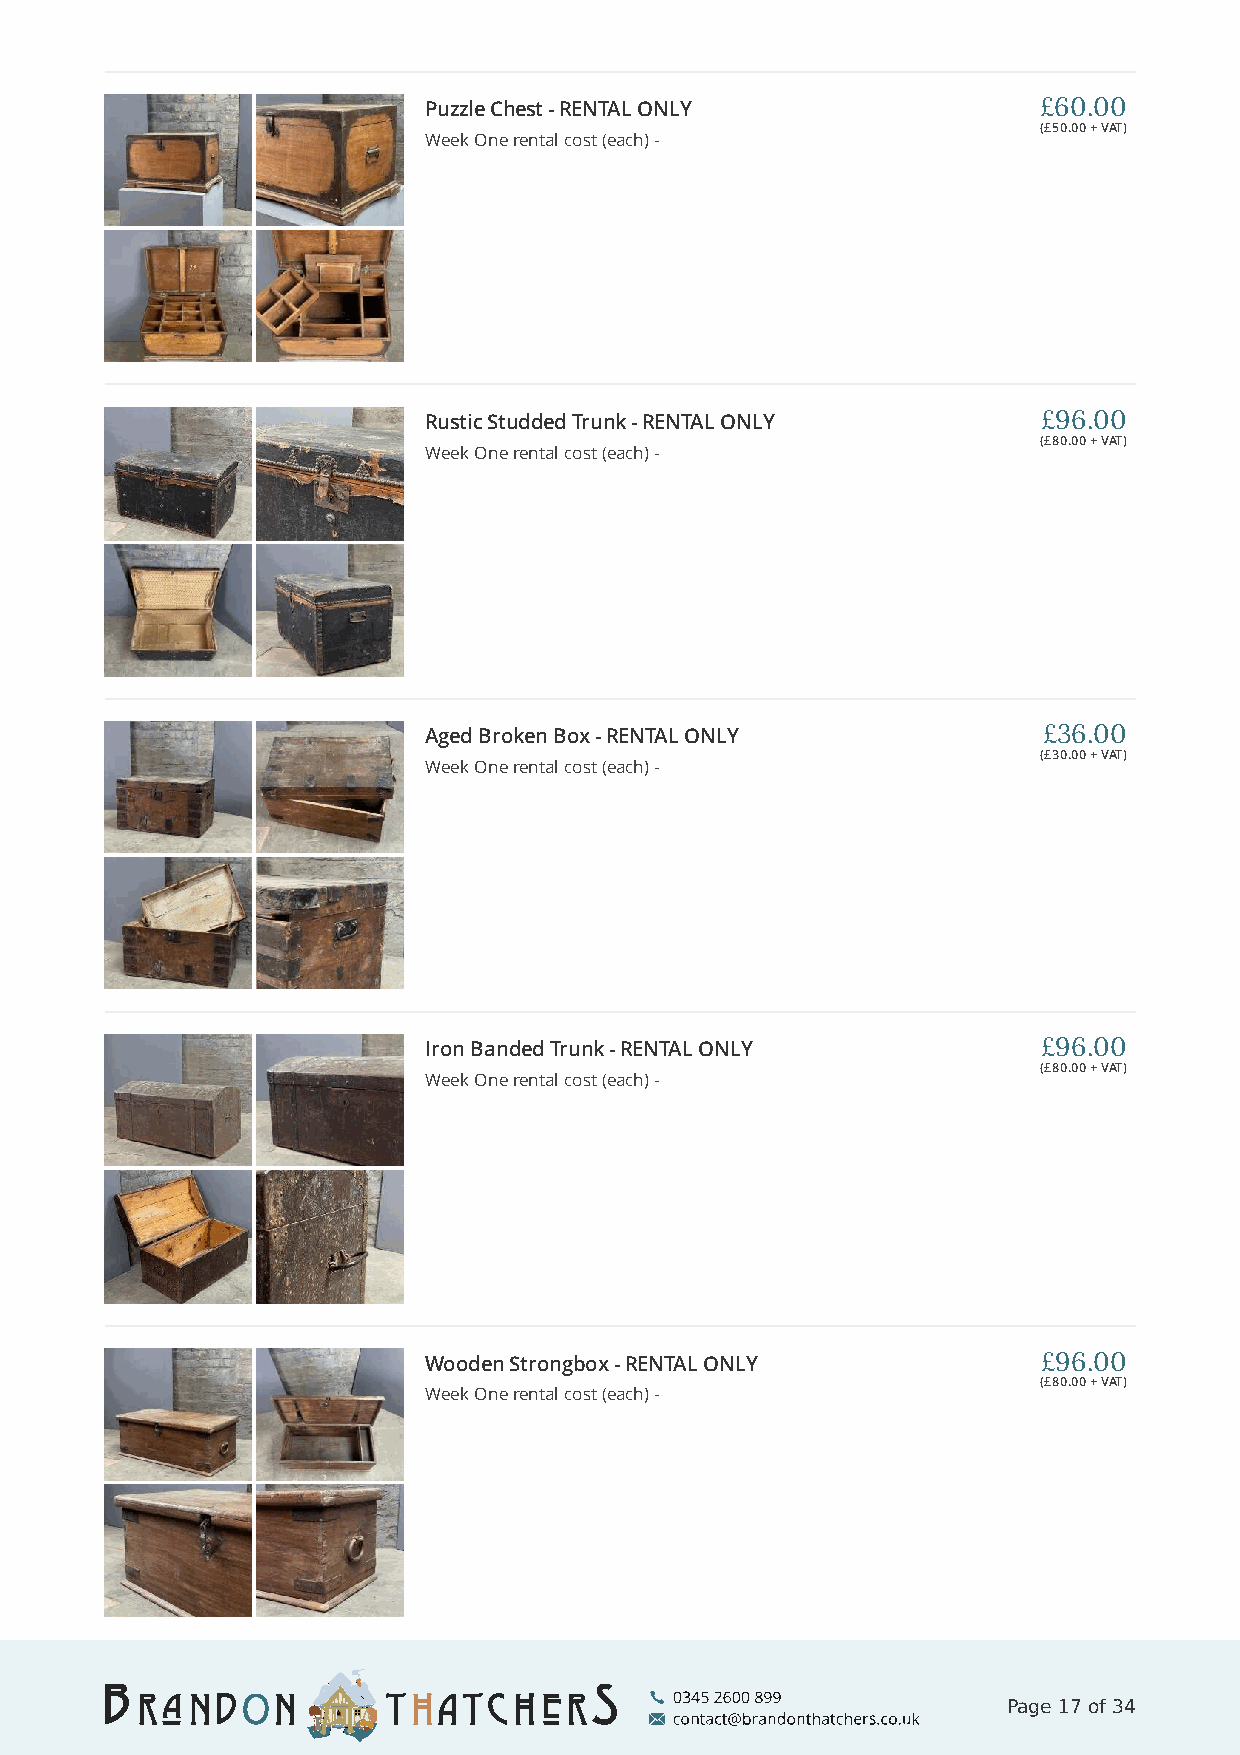
Puzzle Chest - RENTAL ONLY               £60.00
 (£50.00 + VAT)
 Week One rental cost (each) -
 Rustic Studded Trunk - RENTAL ONLY       £96.00
 (£80.00 + VAT)
 Week One rental cost (each) -
 Aged Broken Box - RENTAL ONLY            £36.00
 (£30.00 + VAT)
 Week One rental cost (each) -
 Iron Banded Trunk - RENTAL ONLY          £96.00
 (£80.00 + VAT)
 Week One rental cost (each) -
 Wooden Strongbox - RENTAL ONLY           £96.00
 (£80.00 + VAT)
 Week One rental cost (each) -
 Page 17 of 34